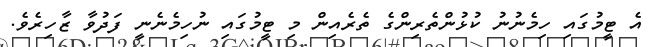
އެ ޓީމުގައި ހިމެނުނު ކުޅުންތެރިންގެ ތެރެއިން މި ޓީމުގައި ނުހިމެނެނީ ފަދުވާ ޒާހިރެވެ.